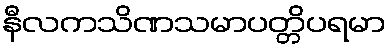
နီလကသိဏသမာပတ္တိပရမာ